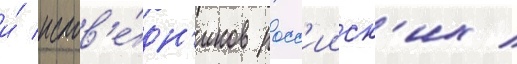
и́ испов'е́дн'иков росс'ииск'их /